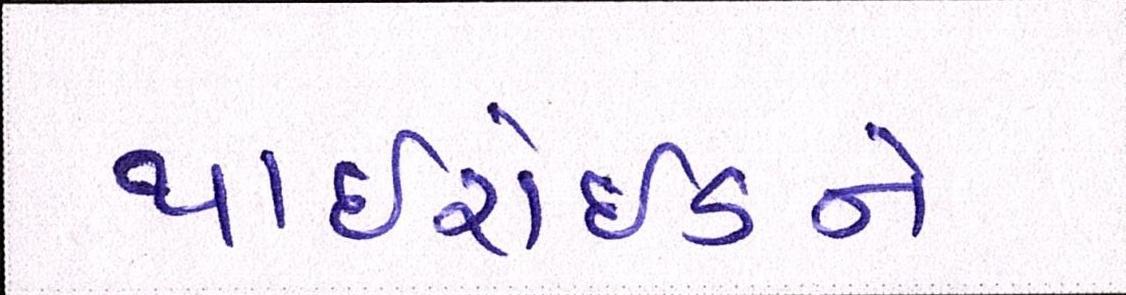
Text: થાઈરોઈડને